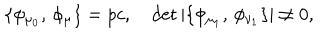
LaTeX: \{ \phi _ { \mu _ { 0 } } , \, \phi _ { \mu } \} = p c , \quad \det | \{ \phi _ { \mu _ { 1 } } , \, \phi _ { \nu _ { 1 } } \} | \not = 0 ,